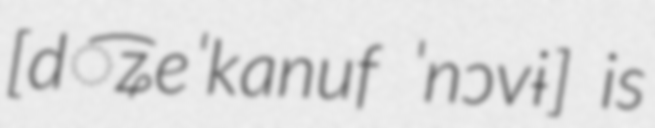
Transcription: [d͡ʑeˈkanuf ˈnɔvɨ] is